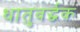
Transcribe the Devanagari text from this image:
धातुवर्द्धक